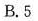
B.5